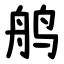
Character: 鸼